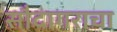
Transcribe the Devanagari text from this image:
सौदागराचा